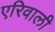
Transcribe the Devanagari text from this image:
एरिवाली